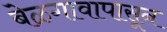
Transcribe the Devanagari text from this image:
बेळगावापासून